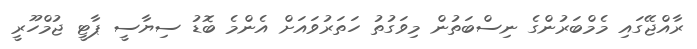
ރާއްޖޭގައި މެމްބަރުންގެ ނިސްބަތުން މިވަގުތު ހަތަރުވައަށް އެންމެ ބޮޑު ސިޔާސީ ޕާޓީ ޖުމްހޫރީ